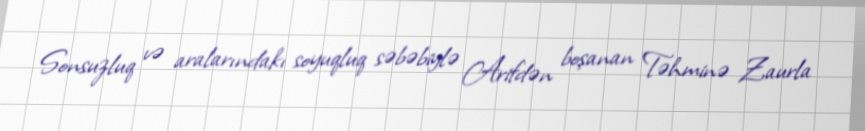
Sonsuzluq və aralarındakı soyuqluq səbəbiylə Arifdən boşanan Təhminə Zaurla